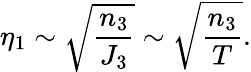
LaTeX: \eta_{1}\sim{\sqrt{{\frac{n_{3}}{J_{3}}}}}\sim{\sqrt{{\frac{n_{3}}{T}}}}.